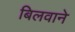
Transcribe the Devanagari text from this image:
बिलवाने